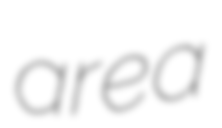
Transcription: are a